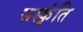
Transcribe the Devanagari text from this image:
सस्कृंति